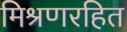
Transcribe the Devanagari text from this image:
मिश्रणरहित